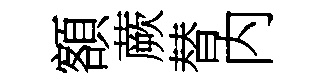
額蕨替内